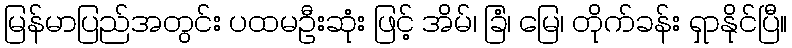
မြန်မာပြည်အတွင်း ပထမဦးဆုံး ဖြင့် အိမ်၊ ခြံ၊ မြေ၊ တိုက်ခန်း ရှာနိုင်ပြီ။